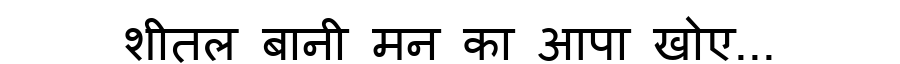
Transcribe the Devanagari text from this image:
शीतल बानी मन का आपा खोए...